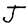
Character: J